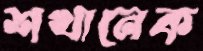
শখানেক